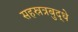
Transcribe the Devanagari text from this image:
सहस्रत्रबुद्धे